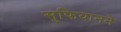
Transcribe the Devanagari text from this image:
सुफियानने